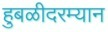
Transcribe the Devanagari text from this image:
हुबळीदरम्यान